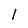
Character: l